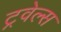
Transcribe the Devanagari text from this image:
ट्रवेल्स